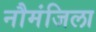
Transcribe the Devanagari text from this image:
नौमंजिला